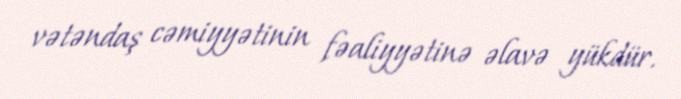
vətəndaş cəmiyyətinin fəaliyyətinə əlavə yükdür.